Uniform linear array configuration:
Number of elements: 8
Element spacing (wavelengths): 0.25
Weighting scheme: blackman
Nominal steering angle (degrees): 60
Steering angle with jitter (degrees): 60.462
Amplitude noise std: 0.05
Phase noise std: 0.05

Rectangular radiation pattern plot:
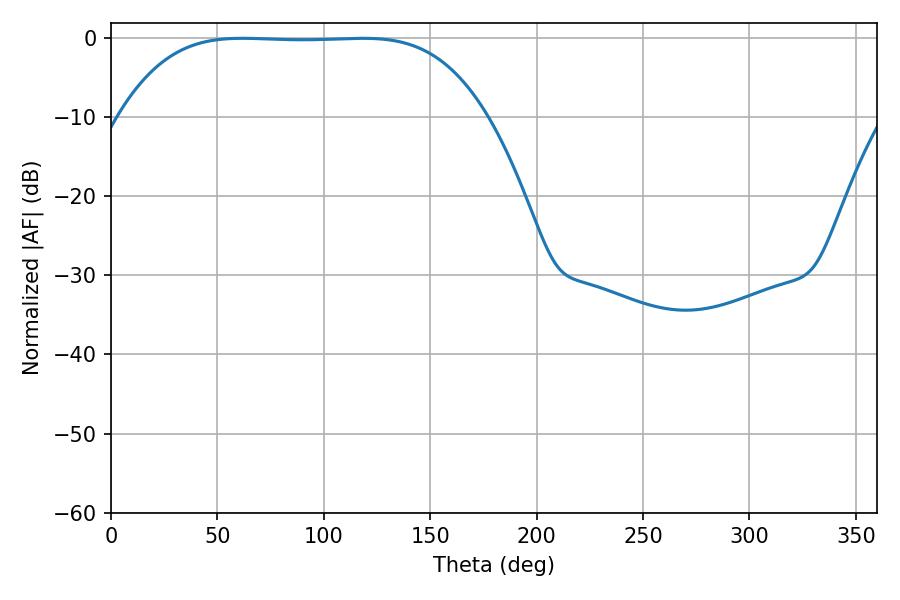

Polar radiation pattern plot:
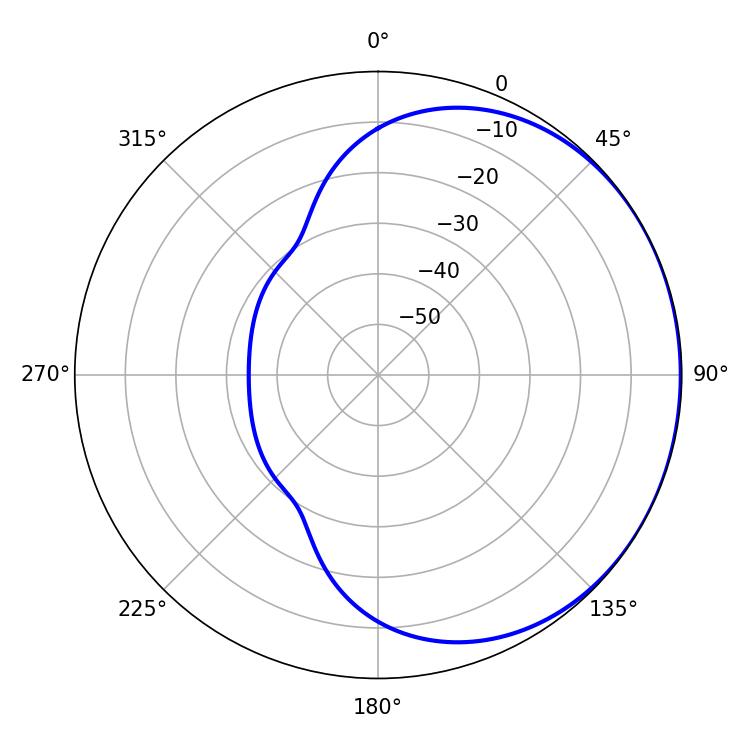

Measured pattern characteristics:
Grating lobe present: FALSE
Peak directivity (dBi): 0.6012
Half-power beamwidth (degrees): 131.76
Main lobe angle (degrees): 61.74